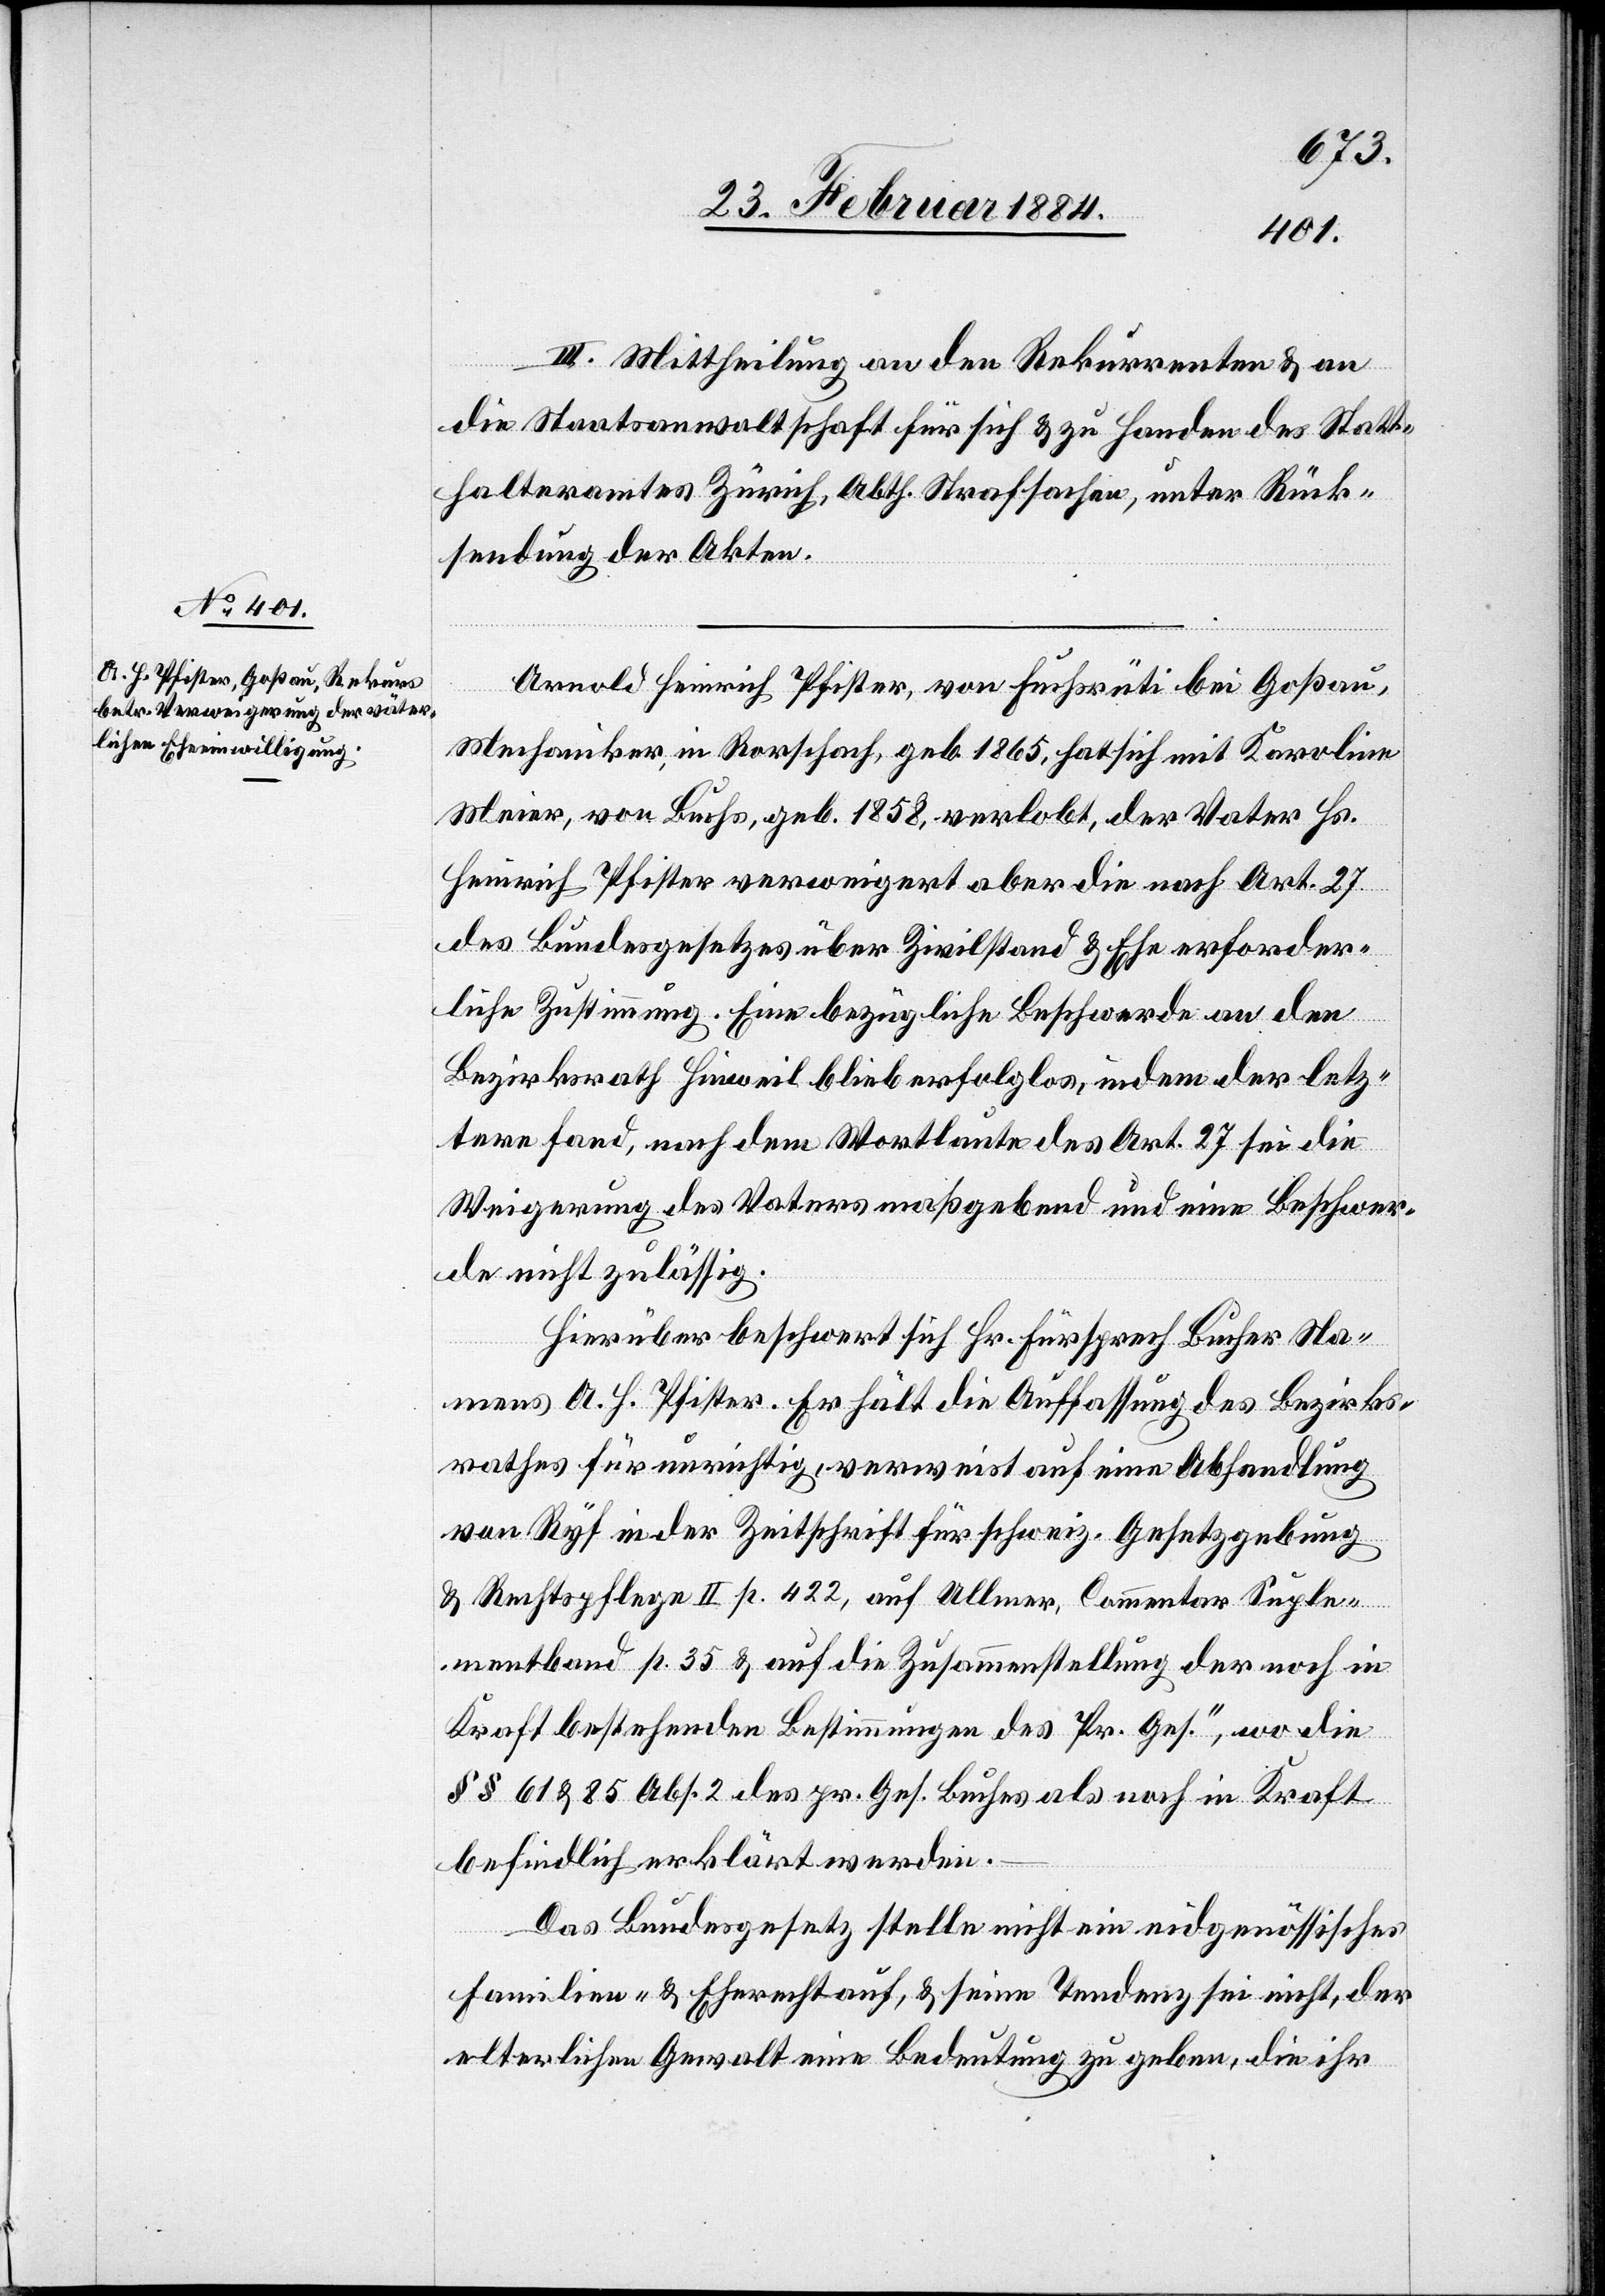
III. Mittheilung an den Rekurrenten & an
die Staatsanwaltschaft für sich & zu Handen des Statt¬
halteramtes Zürich, Abth. Strafsachen, unter Rück¬
sendung der Akten.
Arnold Heinrich Pfister, von Fuchsrüti bei Goßau,
Mechaniker, in Rorschach, geb. 1865, hat sich mit Karoline
Meier, von Buchs, geb. 1858, verlobt, der Vater Hs.
Heinrich Pfister verweigert aber die nach Art. 27
des Bundesgesetzes über Zivilstand & Ehe erforder¬
liche Zustimmung. Eine bezügliche Beschwerde an den
Bezirksrath Hinwil blieb erfolglos, indem der letz¬
tere fand, nach dem Wortlaute des Art. 27 sei die
Weigerung des Vaters maßgebend und eine Beschwer¬
de nicht zulässig.
Hierüber beschwert sich Hr. Fürsprech Bucher Na¬
mens A. H. Pfister. Er hält die Auffassung des Bezirks¬
rathes für unrichtig, verweist auf eine Abhandlung
von Ryf in der Zeitschrift für schweiz. Gesetzgebung
& Rechtspflege II p. 422, auf Ullmer, Commentar Suple¬
mentband p. 35 & auf die Zusammenstellung der noch in
Kraft bestehenden Bestimmungen des Pr. Ges., wo die
§§ 61 & 85 Abs. 2 des pr. Ges. Buches als noch in Kraft
befindlich erklärt werden.
Das Bundesgesetz stelle nicht ein eidgenössisches
Familien- & Ehrenrecht auf, & seine Tendenz sei nicht, der
elterlichen Gewalt eine Bedeutung zu geben, die ihr